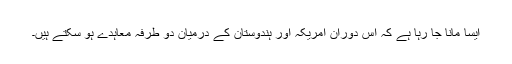
ایسا مانا جا رہا ہے کہ اس دوران امریکہ اور ہندوستان کے درمیان دو طرفہ معاہدے ہو سکتے ہیں۔